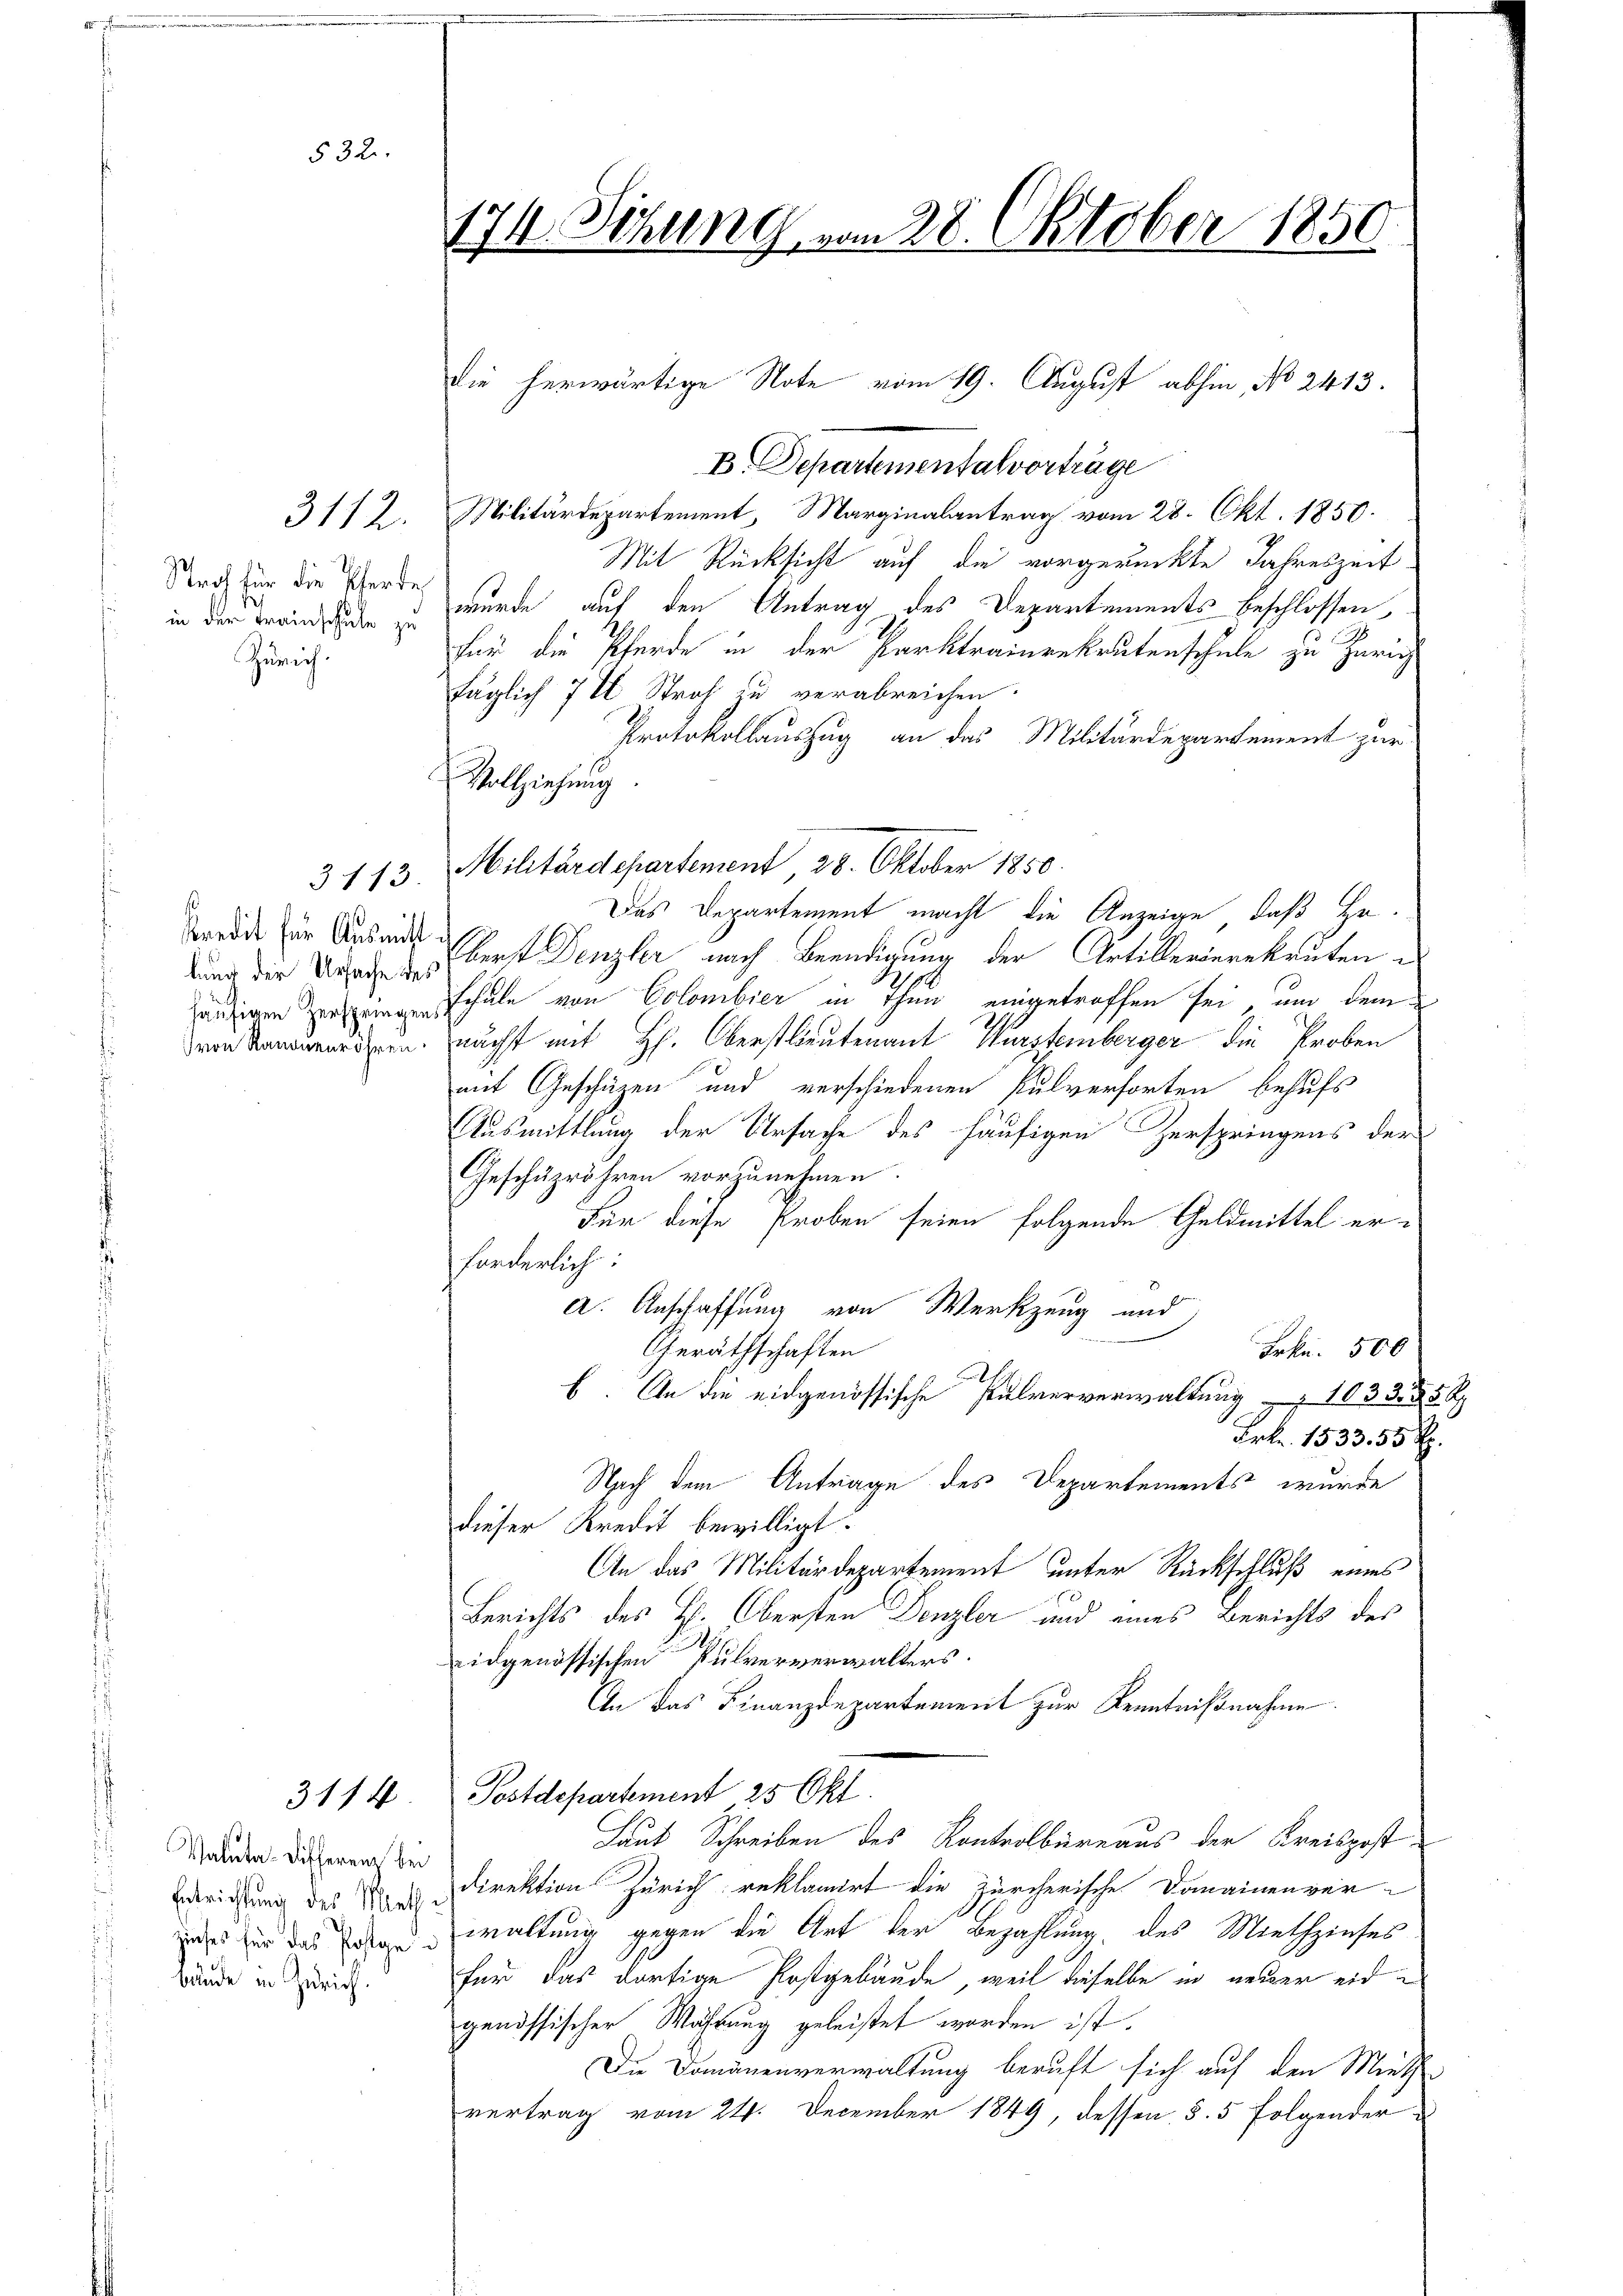
Staat für die Pferde
b
in der Freinschule zu
Zürich.

3112.

532.

Kredit für Ausmitt i

3. 113.

3114

Valuta-Differenz bei
bände in Zürich.

174. Sizung vom 28. Oktober 1850.

B. Departementalvorträge
Militärdepartement, Marginalantrag vom 28. Okt. 1850.
Mit Rücksicht auf die vorgerückte Jahreszeit
wurde auf den Antrag des Departements beschlossen,
Für die Pferde in der Parktraineekrutenschule zu Zürich
täglich 7 % Straf zu verabreichen.
Protokollauszug an das Militärdepartement zur
Militärdepartement, 28. Oktober 1850.
Das Departement macht die Anzeige, daß Hedung der Urser geberst Denzler nach Beendigung der Artillerierekruten
enigen Schule von Colombier in Thun eingetroffen sei, und dem
von Kamerien nächst mit H. Oberstlieutenant Wurstemberger die Proben
mit Geschäzen und verschiedenen Pulverforten behufs
Ausmittlung der Ursache des häufigen Zerspringens der
Geschäzrähren vorzunehmen.
Für diese Proben seien folgende Geldmittel erforderlich:
A. Anschaffung von Werkzeug und
Geräthschaften
Frkn. 500
b. An die eidgenössische Pulververwaltung  1035. 35 Rp
Frk. 1533. 55 Rp.
Nach dem Antrage des Departements wurde
dieser Kredit bewilligt.
An das Militärdepartement unter Rückschluß eines
Berichts des H. Obersten Denzler und eines Berichts des
ridgenössischen Pulververwalters
An das Finanzdepartement zur Kenntnißnahme.
Postdepartement 25 Okt.
Laut Schreiben des Kontrolbureaus der Kreispost
Bderichtung des Direktion Zürich reklamirt die zürcherische Domainenver-
as er das erwaltung gegen die Art der Bezahlung des Miethzinses
für das dortige Postgebäude, weil dieselbe in neuer eidgenössischer Währung geleistet worden ist.
Die Domänenverwaltung beruft sich auf den Mieth
vertrag vom 24. December 1849, dessen §. 5 folgender

Vollziehung.

die herwärtige Note vom 19. August abhin, No 2413.